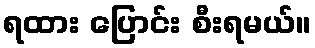
ရထား ပြောင်း စီးရမယ်။